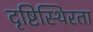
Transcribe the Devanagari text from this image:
दृष्टिस्थिरता